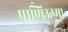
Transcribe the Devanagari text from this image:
प्राणिऊष्मा